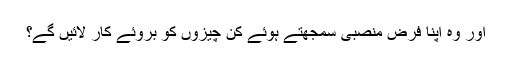
اور وہ اپنا فرضِ منصبی سمجھتے ہوئے کن چیزوں کو بروئے کار لائیں گے؟